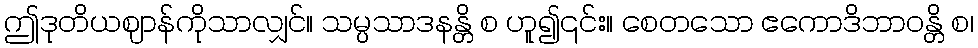
ဤဒုတိယဈာန်ကိုသာလျှင်။ သမ္ပသာဒနန္တိ စ ဟူ၍၎င်း။ စေတသော ဧကောဒိဘာဝန္တိ စ၊